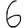
Digit: 6